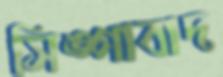
সিঙ্গাবাদ